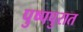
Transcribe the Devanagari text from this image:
पुष्पपुरात